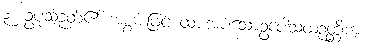
၃။ ဥပုသ်ဉတ်၏ အစွမ်းဖြင့် ထားအပ်သောဥပေါသထဉတ္တိကံ၊